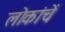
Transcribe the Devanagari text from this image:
लोकांचें